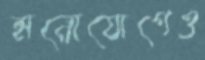
মনোযোগেও